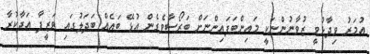
އުމަރު ވިދާޅުވީ ޒުވާނުންނަކީ މައިންބަފައިންނަށް ބަރޯސާވެގެން އުޅޭ ބައެއް ބަދަލުގައި ވަޒީފާ އަދާކުރާ